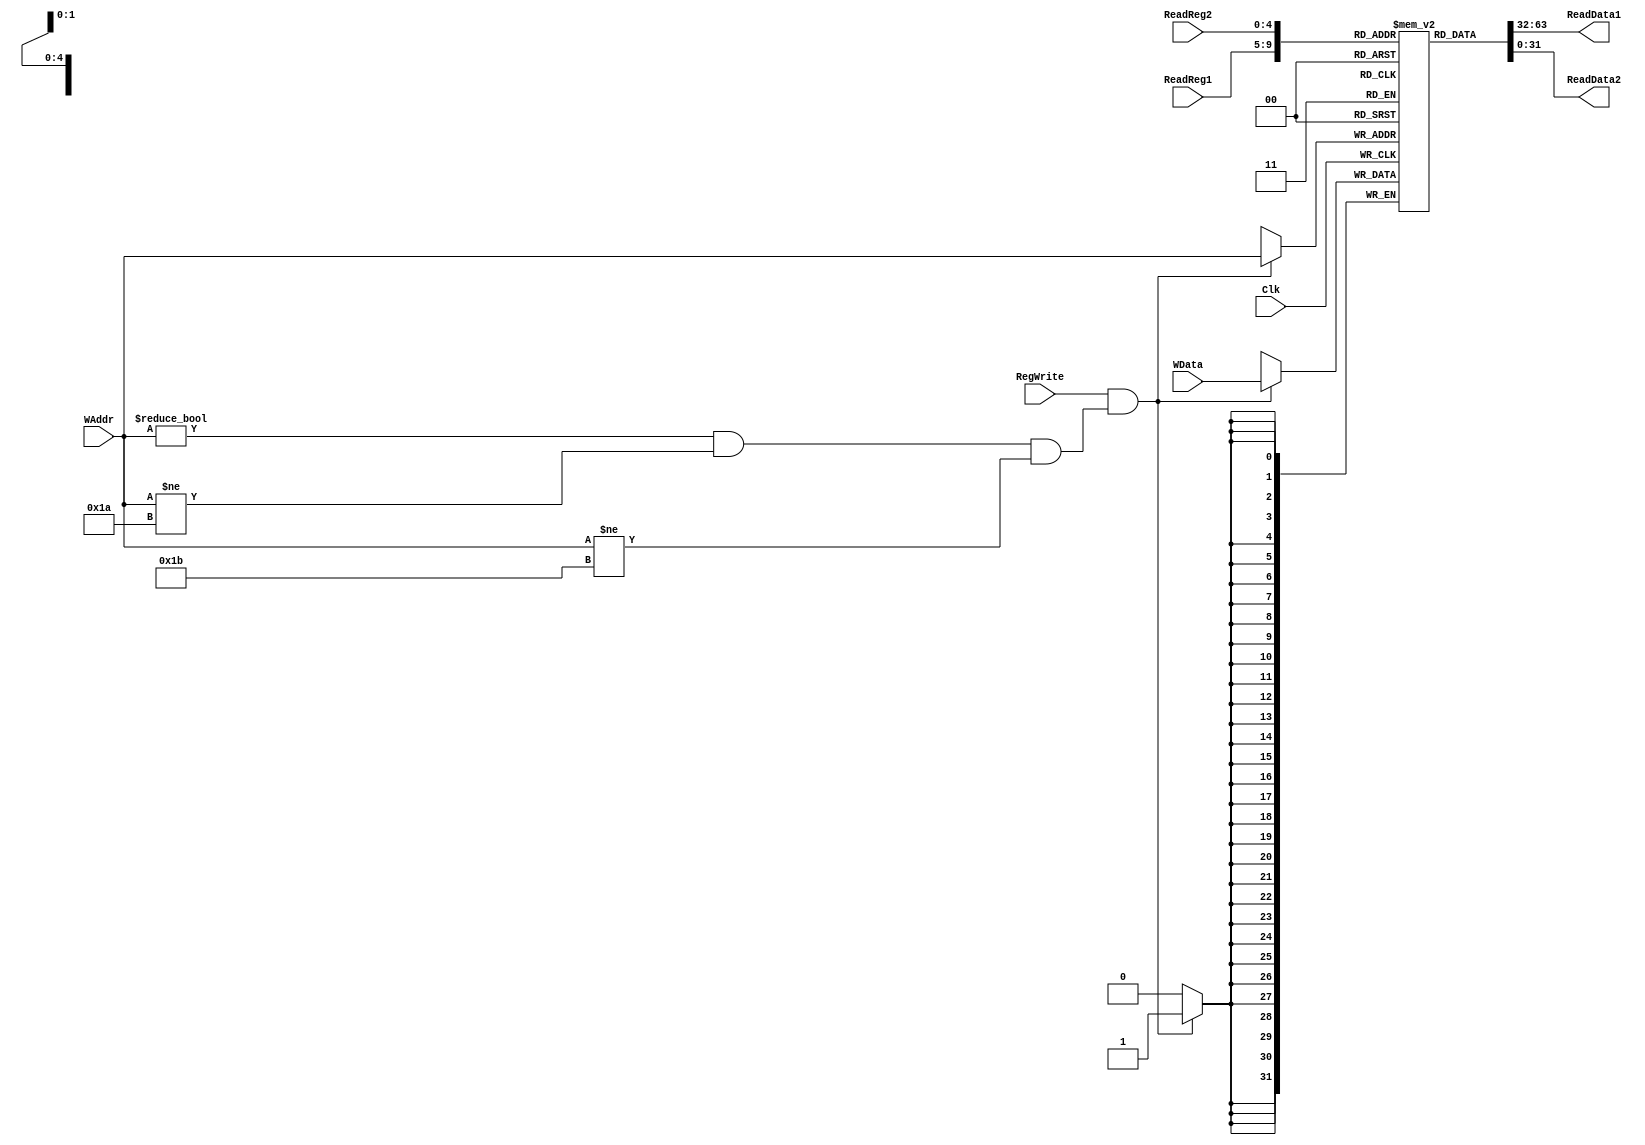
`timescale 1ns / 1ps
//////////////////////////////////////////////////////////////////////////////////
// Company: 
// Engineer: 
// 
// Design Name: 
// Module Name: RegisterFile
// Project Name: 
// Target Devices: 
// Tool Versions: 
// Description: 
// 
// Dependencies: 
// 
// Revision:
// Revision 0.01 - File Created
// Additional Comments:
// 
//////////////////////////////////////////////////////////////////////////////////

// Changes made: Initialized all registers to something, no matter what. Temporary registers are
// initialized with their register index (ie; $4 receives the value 4). 
module UpdatedRegisterFile(
Clk,

// Inputs
ReadReg1, ReadReg2, WAddr, WData, RegWrite,

// Outputs 
ReadData1, ReadData2 
);

    input [4:0] ReadReg1, ReadReg2, WAddr;
    input signed [31:0] WData;
    input RegWrite, Clk;
    output signed [31:0] ReadData1, ReadData2;
   // reg [31:0] ReadData1_reg, ReadData2_reg;
    
    
    integer i;
    
    reg signed [31:0] Registers [0:31];
    
    // Initialization Notes: Not 100% sure what to do with registers $1, $26 - $28, $30
    initial begin
        // Zero Register
        Registers[0] <= 0;      
        
        // Initialize registers 2 - 25
        for (i = 2 ; i < 26 ; i = i + 1) begin
        Registers[i] <= i + 100;
        end
        
        // Notes: Registers 26 and 27 are Kernel registers and should not be accessible normally.
        // Make sure users can't read from / write to $26 or $27 
        // There is a "priveliged" mode which can access these registers, but I do not know much about that. -Jimmy
        Registers[26] <= 0;
        Registers[27] <= 0;
        
        // Global Pointer
        Registers[28] <= 0;
        
        // Stack pointer set to top of stack
        Registers[29] <= 1020;
        
        // Frame Pointer
        Registers[30] <= 0;
        
        // Return Address 
        Registers[31] <= 0;
    end
    
    assign ReadData1 = Registers[ReadReg1];
    assign ReadData2 = Registers[ReadReg2];
    
    always @(negedge Clk) begin
        if (RegWrite == 1 && ((WAddr != 0) && (WAddr != 26) && (WAddr != 27))) begin
            Registers[WAddr] <= WData;
        end
        
    end
    
   /* always @(negedge Clk) begin
        ReadData1_reg <= Registers[ReadReg1];
        ReadData2_reg <= Registers[ReadReg2];        
    end  
    
    */
    
           
endmodule